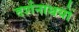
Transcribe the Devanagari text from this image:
दर्शनाथयों